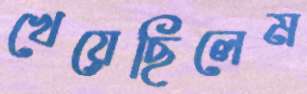
খেয়েছিলেম